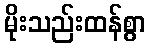
မိုးသည်းထန်စွာ